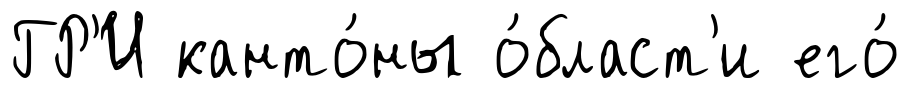
ГР'И канто́ны о́бласт'и его́